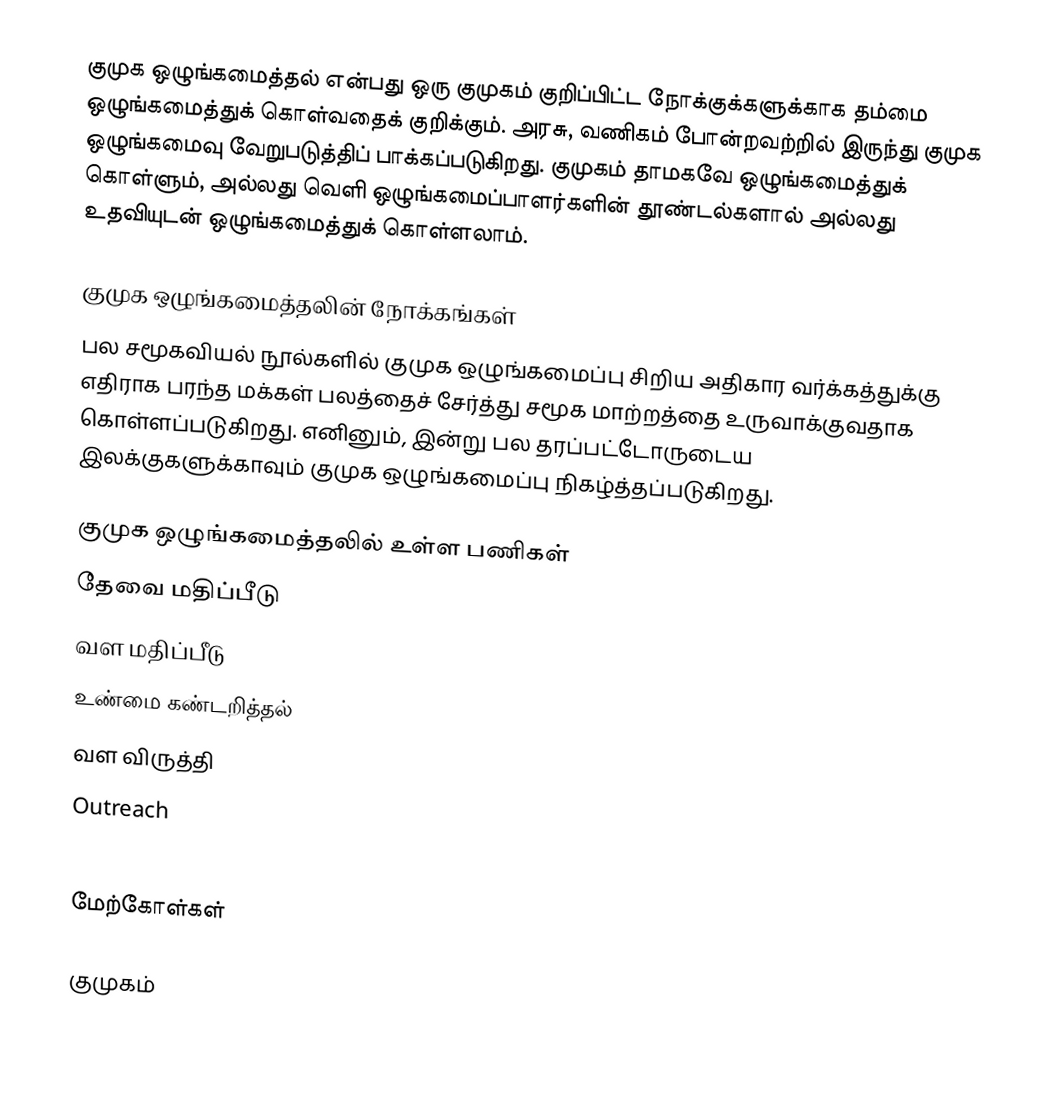
குமுக ஒழுங்கமைத்தல் என்பது ஒரு குமுகம் குறிப்பிட்ட நோக்குக்களுக்காக தம்மை ஒழுங்கமைத்துக் கொள்வதைக் குறிக்கும்.  அரசு, வணிகம் போன்றவற்றில் இருந்து குமுக ஒழுங்கமைவு வேறுபடுத்திப் பாக்கப்படுகிறது.  குமுகம் தாமகவே ஒழுங்கமைத்துக் கொள்ளும், அல்லது வெளி ஒழுங்கமைப்பாளர்களின் தூண்டல்களால் அல்லது உதவியுடன் ஒழுங்கமைத்துக் கொள்ளலாம்.

குமுக ஒழுங்கமைத்தலின் நோக்கங்கள்
பல சமூகவியல் நூல்களில் குமுக ஒழுங்கமைப்பு சிறிய அதிகார வர்க்கத்துக்கு எதிராக பரந்த மக்கள் பலத்தைச் சேர்த்து சமூக மாற்றத்தை உருவாக்குவதாக கொள்ளப்படுகிறது.  எனினும், இன்று பல தரப்பட்டோருடைய இலக்குகளுக்காவும் குமுக ஒழுங்கமைப்பு நிகழ்த்தப்படுகிறது.

குமுக ஒழுங்கமைத்தலில் உள்ள பணிகள்
 தேவை மதிப்பீடு
 வள மதிப்பீடு
 உண்மை கண்டறித்தல்
 வள விருத்தி
 Outreach
 Mobilization

மேற்கோள்கள்

குமுகம்